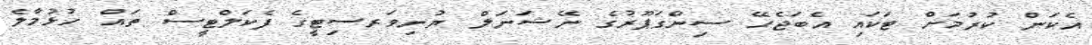
އެކަން ކުރުމަށް ޓަކައި އެބަޖެހޭ ސިންގަޕޫރުގެ ނޭޝަނަލް ޔުނިވަރސިޓީގެ ފެކަލްޓީސް ތައް ހުޅުމާލެ